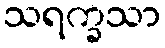
သရက္ခသာ